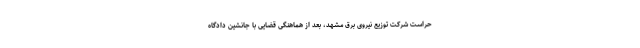
حراست شرکت توزیع نیروی برق مشهد، بعد از هماهنگی قضایی با جانشین دادگاه